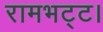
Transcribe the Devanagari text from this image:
रामभट्ट।